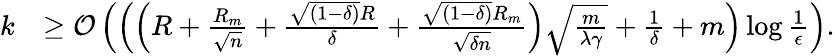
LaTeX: \begin{array}{rl}{k}&{\geq{\cal O}\left(\left(\left(R+\frac{R_{m}}{\sqrt{n}}+\frac{\sqrt{(1-\delta)}{R}}{\delta}+\frac{\sqrt{(1-\delta)}R_{m}}{\sqrt{\delta n}}\right)\sqrt{\frac{m}{\lambda\gamma}}+\frac{1}{\delta}+m\right)\log\frac{1}{\epsilon}\right).}\end{array}